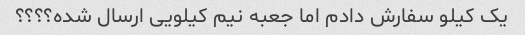
یک کیلو سفارش دادم اما جعبه نیم کیلویی ارسال شده؟؟؟؟